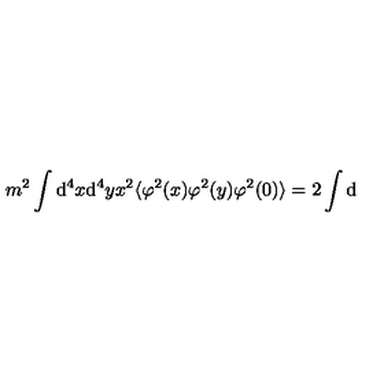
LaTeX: m ^ { 2 } \int \mathrm { d } ^ { 4 } x \mathrm { d } ^ { 4 } y x ^ { 2 } \langle \varphi ^ { 2 } ( x ) \varphi ^ { 2 } ( y ) \varphi ^ { 2 } ( 0 ) \rangle = 2 \int \mathrm { d }